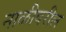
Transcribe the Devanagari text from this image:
नाळीवरील